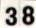
38